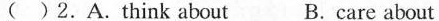
( )2.A.Think about B. Care about